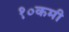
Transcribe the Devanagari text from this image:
१०कमी